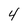
Character: 4